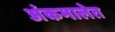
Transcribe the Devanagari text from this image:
अंकमालेत